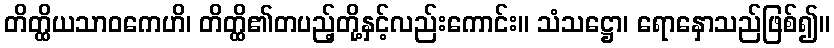
တိတ္ထိယသာဝကေဟိ၊ တိတ္ထိ၏တပည့်တို့နှင့်လည်းကောင်း။ သံသဋ္ဌော၊ ရောနှောသည်ဖြစ်၍။